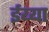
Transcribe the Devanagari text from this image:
ईय्या